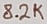
Text: 8.2K